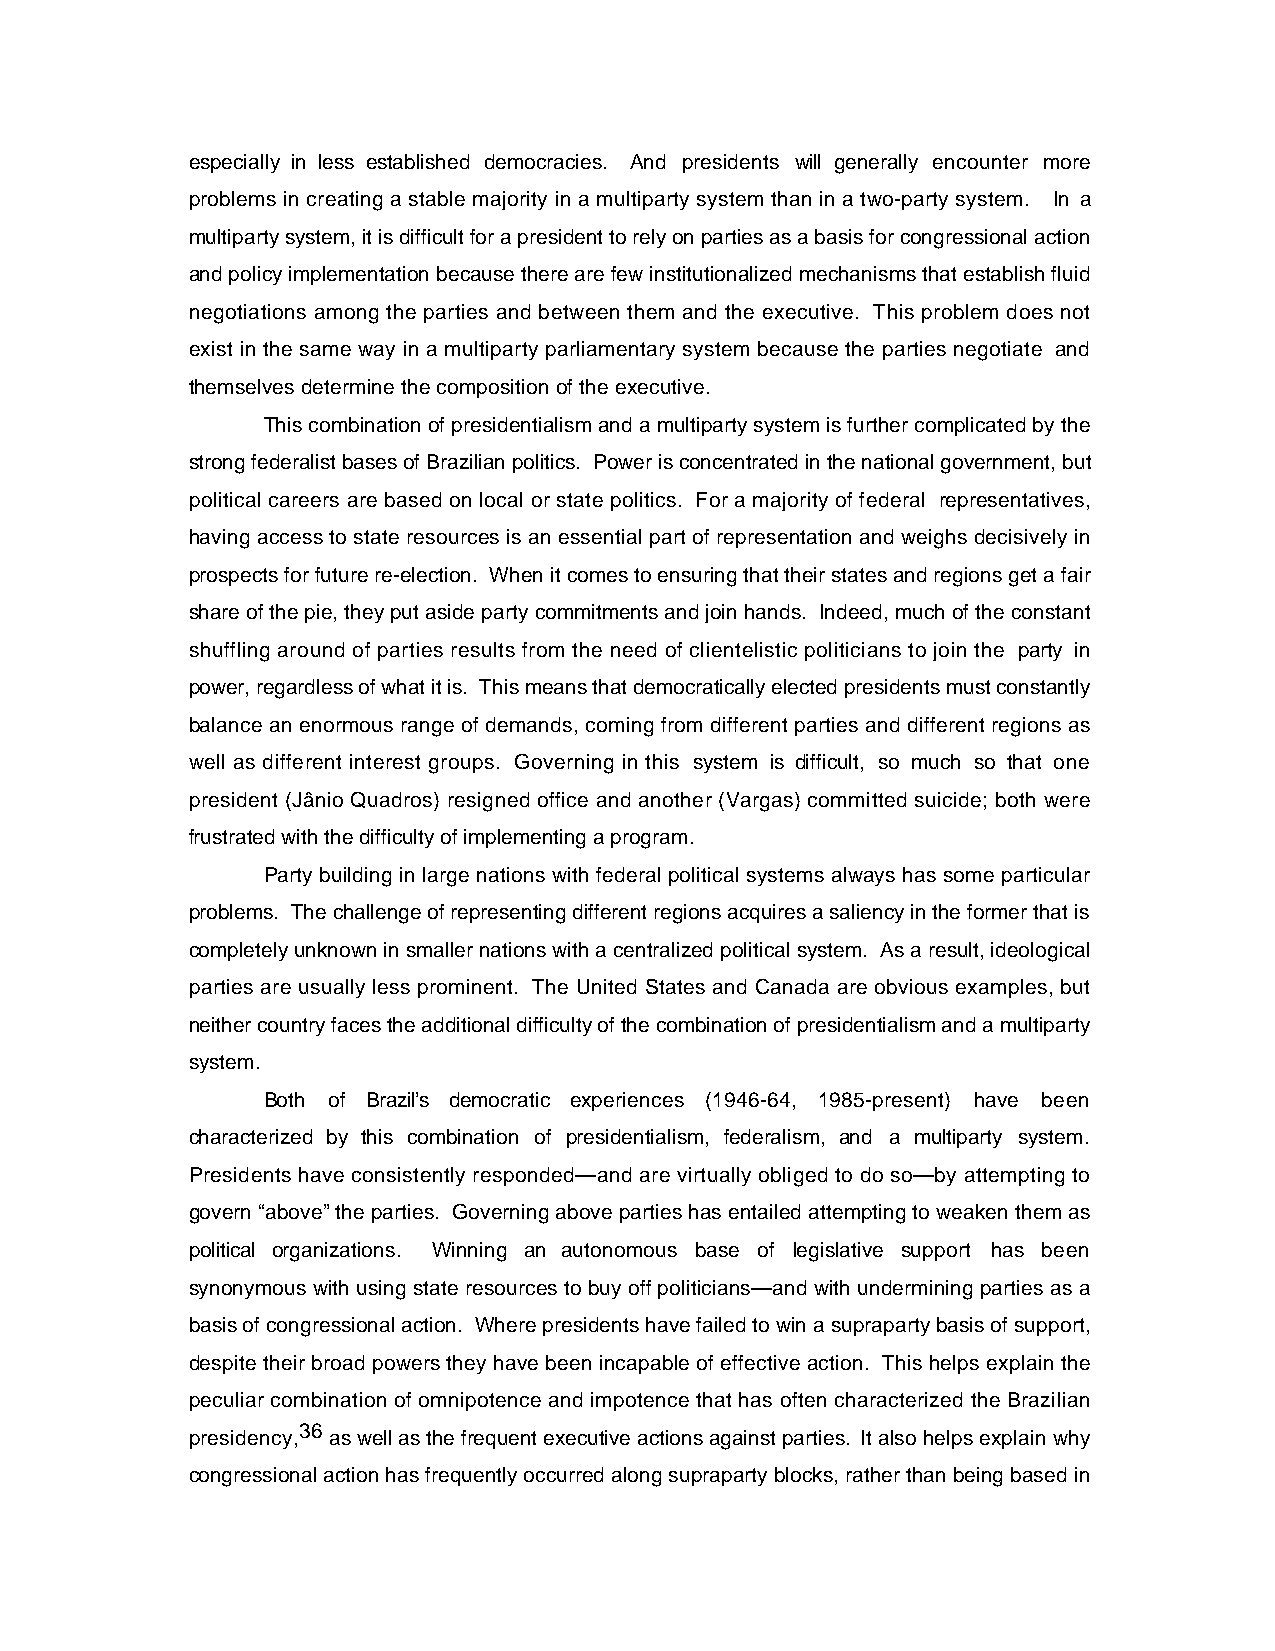
especially in less established democracies. And presidents will generally encounter more
 problems in creating a stable majority in a multiparty system than in a two-party system. In a
 multiparty system, it is difficult for a president to rely on parties as a basis for congressional action
 and policy implementation because there are few institutionalized mechanisms that establish fluid
 negotiations among the parties and between them and the executive. This problem does not
 exist in the same way in a multiparty parliamentary system because the parties negotiate and
 themselves determine the composition of the executive.
 This combination of presidentialism and a multiparty system is further complicated by the
 strong federalist bases of Brazilian politics. Power is concentrated in the national government, but
 political careers are based on local or state politics. For a majority of federal representatives,
 having access to state resources is an essential part of representation and weighs decisively in
 prospects for future re-election. When it comes to ensuring that their states and regions get a fair
 share of the pie, they put aside party commitments and join hands. Indeed, much of the constant
 shuffling around of parties results from the need of clientelistic politicians to join the party in
 power, regardless of what it is. This means that democratically elected presidents must constantly
 balance an enormous range of demands, coming from different parties and different regions as
 well as different interest groups. Governing in this system is difficult, so much so that one
 president (Jânio Quadros) resigned office and another (Vargas) committed suicide; both were
 frustrated with the difficulty of implementing a program.
 Party building in large nations with federal political systems always has some particular
 problems. The challenge of representing different regions acquires a saliency in the former that is
 completely unknown in smaller nations with a centralized political system. As a result, ideological
 parties are usually less prominent. The United States and Canada are obvious examples, but
 neither country faces the additional difficulty of the combination of presidentialism and a multiparty
 system.
 Both of Brazil’s democratic experiences (1946-64, 1985-present) have been
 characterized by this combination of presidentialism, federalism, and a multiparty system.
 Presidents have consistently responded—and are virtually obliged to do so—by attempting to
 govern “above” the parties. Governing above parties has entailed attempting to weaken them as
 political organizations. Winning an autonomous base of legislative support has been
 synonymous with using state resources to buy off politicians—and with undermining parties as a
 basis of congressional action. Where presidents have failed to win a supraparty basis of support,
 despite their broad powers they have been incapable of effective action. This helps explain the
 peculiar combination of omnipotence and impotence that has often characterized the Brazilian
 presidency,36 as well as the frequent executive actions against parties. It also helps explain why
 congressional action has frequently occurred along supraparty blocks, rather than being based in